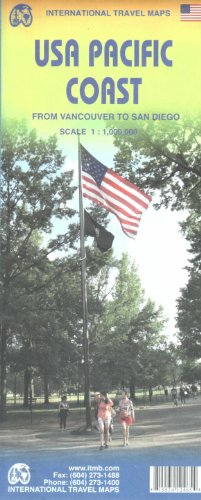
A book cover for Usa Pacific Coast ( From Vancouver to San Diego) ITM Travel Map (International Travel Maps); ITMB Canada; Travel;